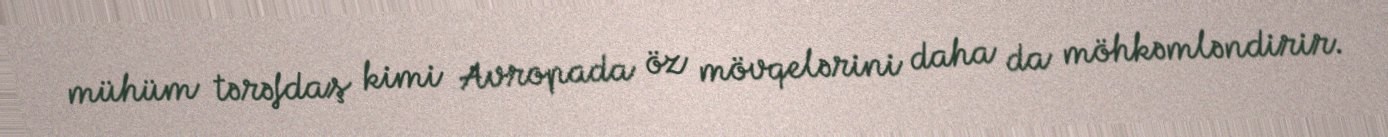
mühüm tərəfdaş kimi Avropada öz mövqelərini daha da möhkəmləndirir.